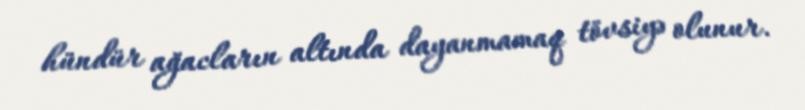
hündür ağacların altında dayanmamaq tövsiyə olunur.